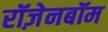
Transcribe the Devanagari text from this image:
रॉज़ेनबॉम